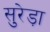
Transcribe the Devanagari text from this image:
सुरेड़ा